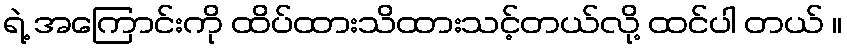
ရဲ့ အကြောင်းကို ထိပ်ထားသိထားသင့်တယ်လို့ ထင်ပါ တယ် ။